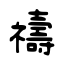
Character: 禱